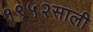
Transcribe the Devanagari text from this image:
१९५२साली